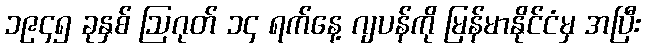
၁၉၄၅ ခုနှစ် ဩဂုတ် ၁၄ ရက်နေ့ ဂျပန်ကို မြန်မာနိုင်ငံမှ အပြီး